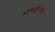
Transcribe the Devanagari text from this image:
मोनेस्ट्रीमध्येच